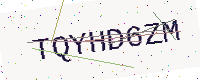
Text: TQYHD6ZM